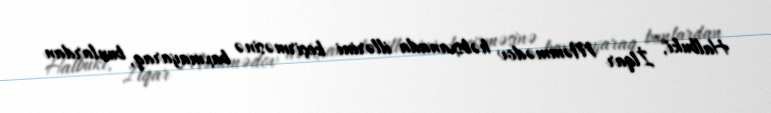
Halbuki, İlqar Məmmədov həbsxanada illərini keçirməsinə baxmayaraq, bunlardan